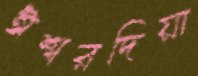
ঈশ্বরদিয়া